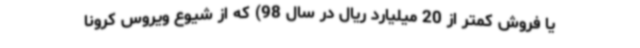
یا فروش کمتر از 20 میلیارد ریال در سال 98) که از شیوع ویروس کرونا